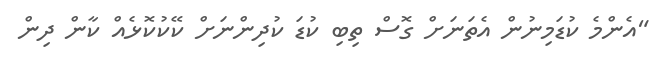
"އެންމެ ކުޑަމިނުން އެތަނަށް ގޮސް ތިބި ކުޑަ ކުދިންނަށް ކޭކުކޮޅެއް ކާން ދިން